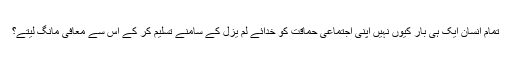
تمام انسان ایک ہی بار کیوں نہیں اپنی اجتماعی حماقت کو خدائے لم یزل کے سامنے تسلیم کر کے اس سے معافی مانگ لیتے؟